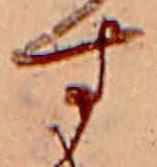
す